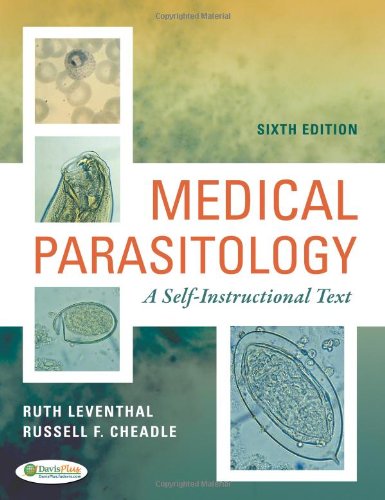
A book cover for Medical Parasitology: A Self-Instructional Text; Ruth Leventhal PhD  MBA  MLS (ASCP); Medical Books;